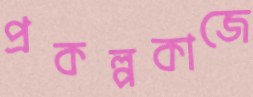
প্রকল্পকাজে